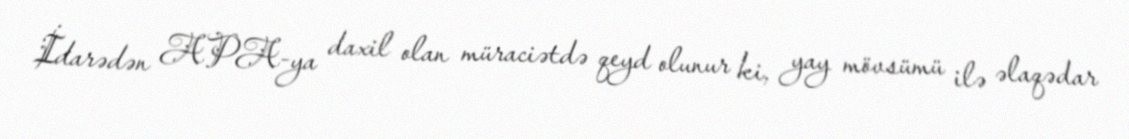
İdarədən APA-ya daxil olan müraciətdə qeyd olunur ki, yay mövsümü ilə əlaqədar